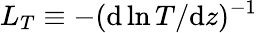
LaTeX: L_{T}\equiv-(\mathrm{d}\ln{T}/\mathrm{d}z)^{-1}